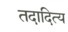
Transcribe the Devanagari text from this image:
तदादित्य